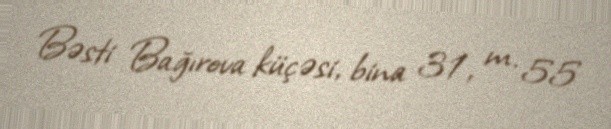
Bəsti Bağırova küçəsi, bina 31, m. 55